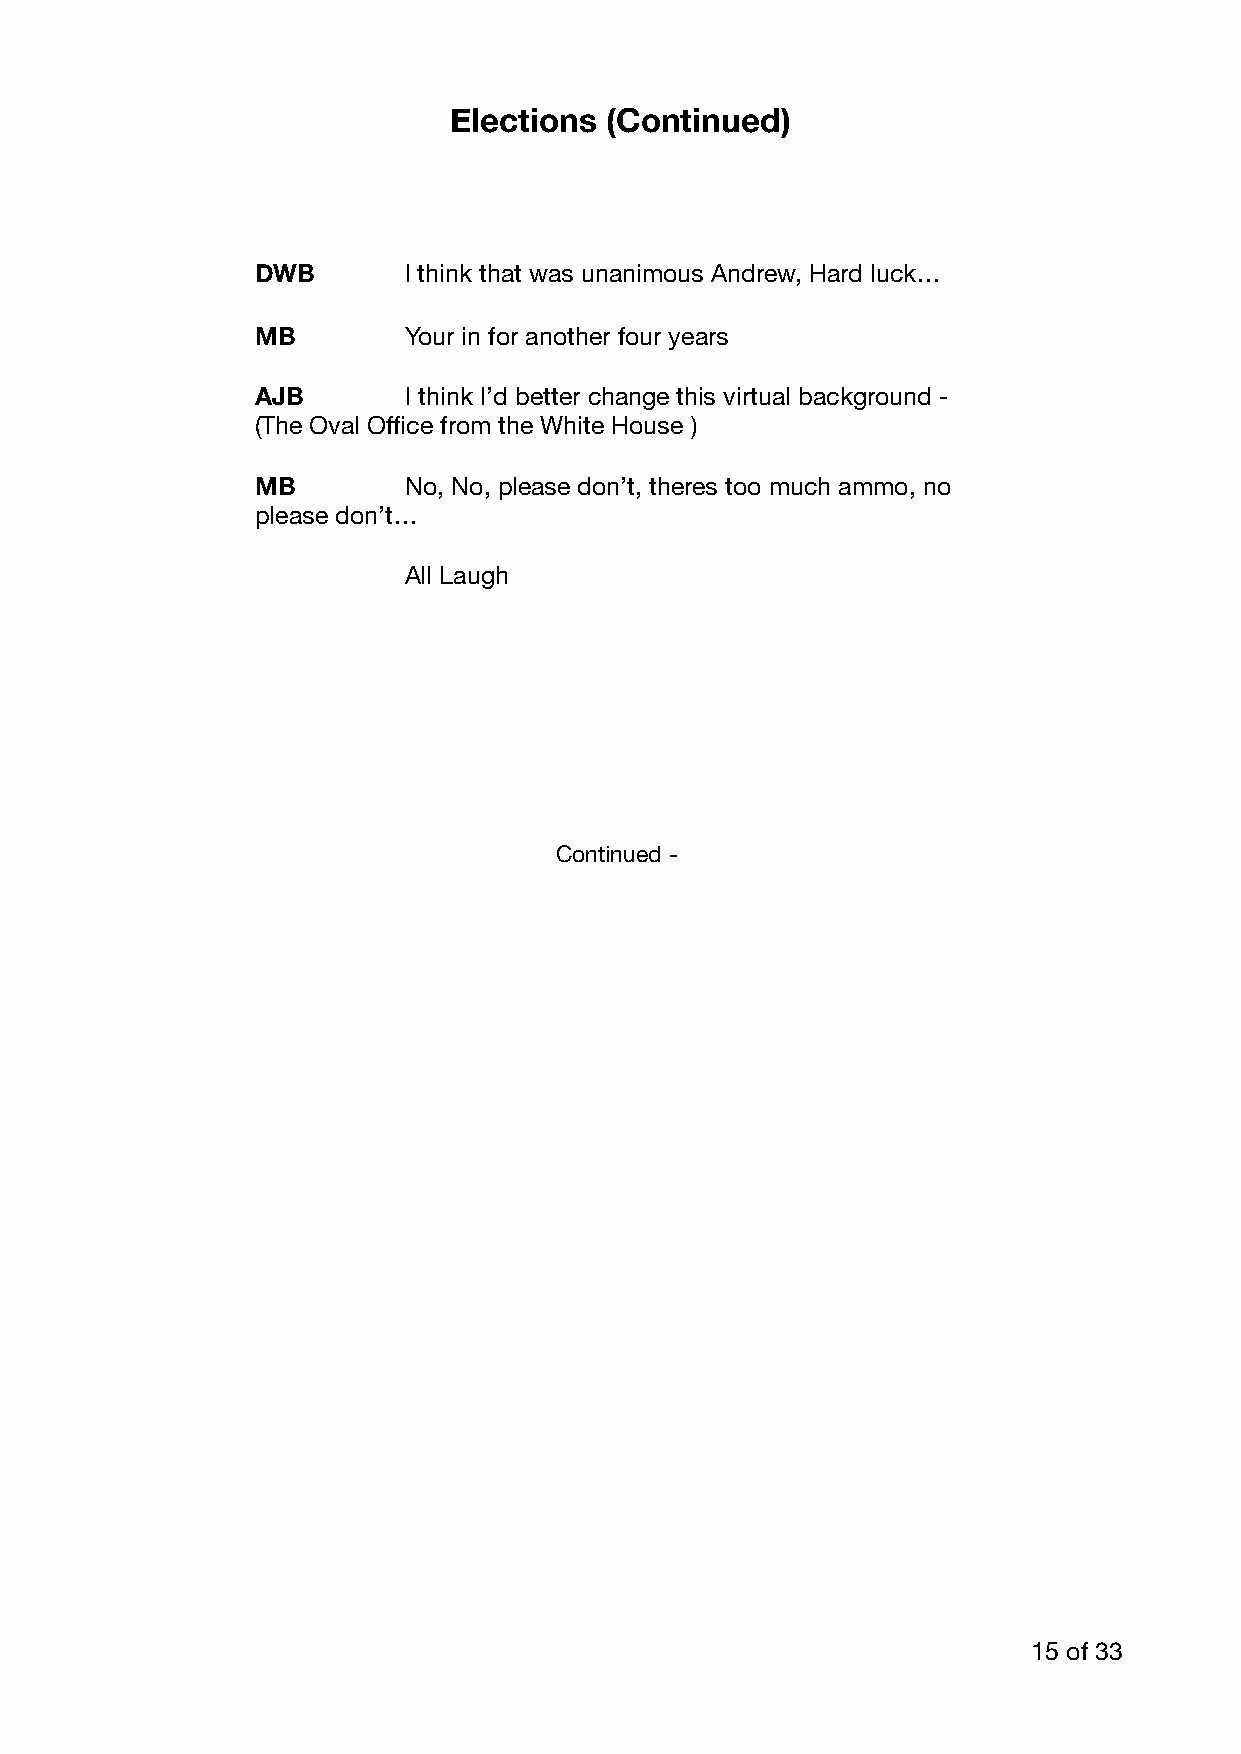
Elections (Continued)
 DWB       I think that was unanimous Andrew, Hard luck…
 MB        Your in for another four years
 AJB       I think I’d better change this virtual background -
 (The Oval Office from the White House )
 MB        No, No, please don’t, theres too much ammo, no
 please don’t…
 All Laugh
 Continued -
 15 of 33